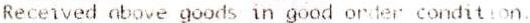
RECEIVED ABOVE GOODS IN GOOD ORDER CONDITION.